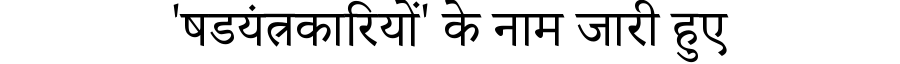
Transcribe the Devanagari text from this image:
'षडयंत्रकारियों' के नाम जारी हुए